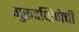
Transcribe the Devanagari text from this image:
गुरूदक्षिणेची